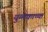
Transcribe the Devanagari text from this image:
युग्मकाच्या